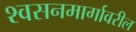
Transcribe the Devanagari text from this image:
श्वसनमार्गावरील